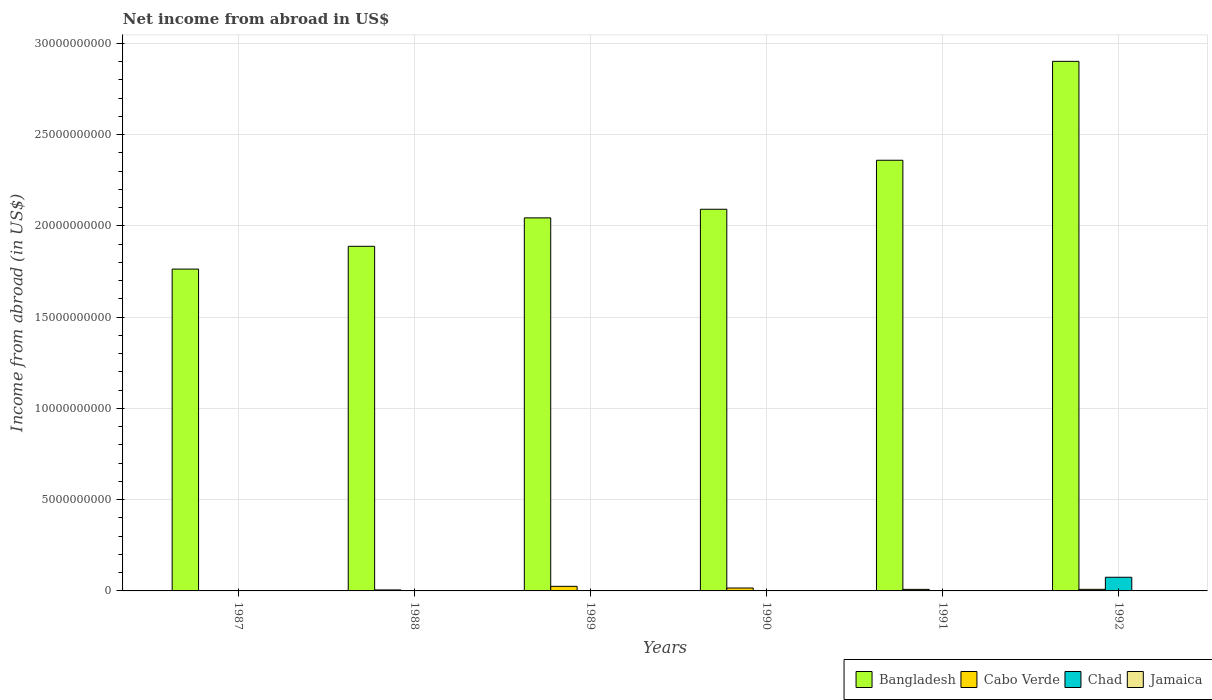
| Years | Bangladesh | Cabo Verde | Chad | Jamaica |
 | --- | --- | --- | --- | --- |
 | 1987 | 1.76e+10 | -1.62e+07 | -3.21e+09 | -1.9e+09 |
 | 1988 | 1.89e+10 | 5.39e+07 | -3.98e+09 | -1.88e+09 |
 | 1989 | 2.04e+10 | 2.51e+08 | -3.01e+09 | -2.02e+09 |
 | 1990 | 2.09e+10 | 1.6e+08 | -4.86e+09 | -3.12e+09 |
 | 1991 | 2.36e+10 | 8.55e+07 | -7.08e+08 | -5.08e+09 |
 | 1992 | 2.9e+10 | 8.72e+07 | 7.49e+08 | -6.84e+09 |